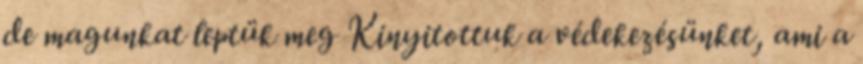
de magunkat leptük meg Kinyitottuk a védekezésünket, ami a